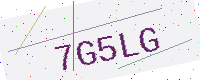
Text: 7G5LG